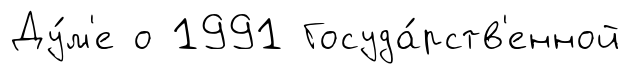
Ду́м'е о 1991 Госуда́рств'енной